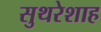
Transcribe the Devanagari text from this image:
सुथरेशाह